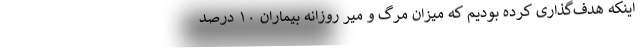
اینکه هدف‌گذاری کرده بودیم که میزان مرگ و میر روزانه بیماران ۱۰ درصد